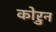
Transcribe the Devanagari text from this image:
कोऱुन